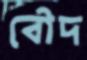
বৌদ